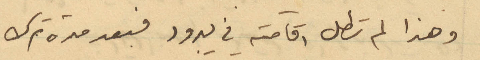
وهذا لم تطل اقامته في يبرود فبعد مدة ترك